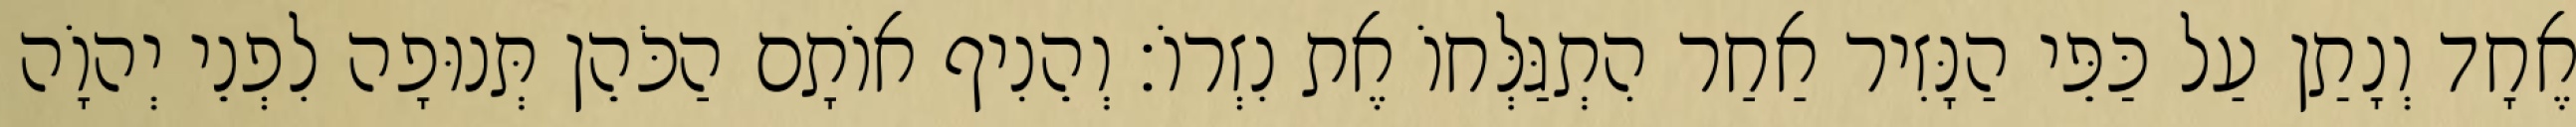
אֶחָד וְנָתַן עַל כַּפֵּי הַנָּזִיר אַחַר הִתְגַּלְּחוֹ אֶת נִזְרוֹ׃ וְהֵנִיף אוֹתָם הַכֹּהֵן תְּנוּפָה לִפְנֵי יְהוָֹה